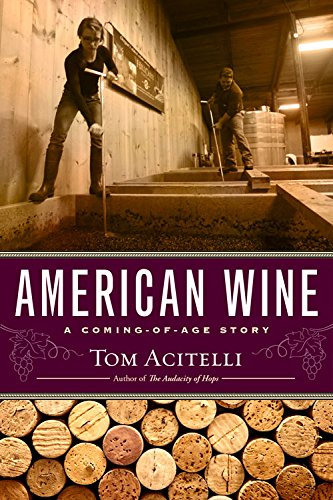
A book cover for American Wine: A Coming-of-Age Story; Tom Acitelli; Cookbooks, Food & Wine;